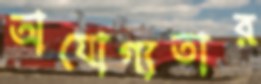
অযোগ্যতার